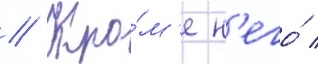
// Кро́м'е н'его́ /